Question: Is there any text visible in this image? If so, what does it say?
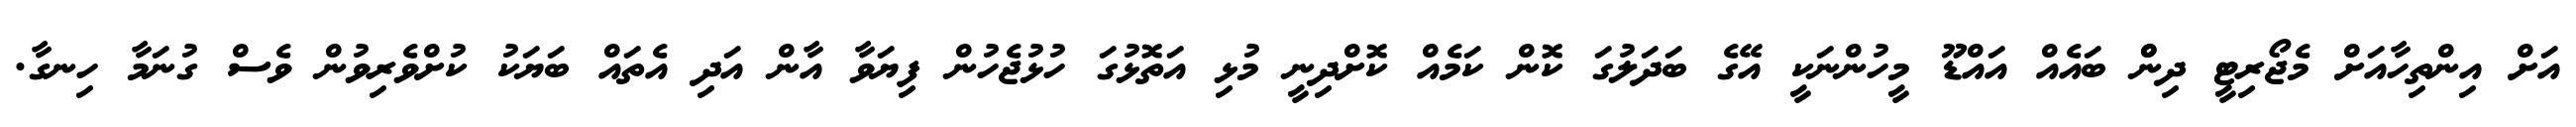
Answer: އަށް އިންތިހާއަށް މެޖޯރިޓީ ދިންް ބައެއް އައްޑޫ މީހުންނަކީ އޭގެ ބަދަލުގަ ކޮން ކަމެއް ކޮށްދިނީ މުޅި އަތޮޅުގަ ހުޅުޖެހުން ފިޔަވާ އާން އަދި އެތައް ބަޔަކު ކުށްވެރިވުން ވެސް ގުނަމާ ހިނގާ.